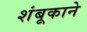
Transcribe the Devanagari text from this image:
शंबूकाने